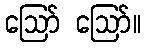
ဪ ဪ။